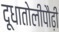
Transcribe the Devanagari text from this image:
दूधातोलीपौढ़ी